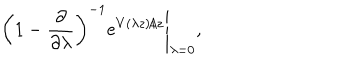
\left( 1 - \frac { \partial } { \partial \lambda } \right) ^ { - 1 } e ^ { V ( \lambda z ) / z } \Bigg \vert _ { \lambda = 0 } ,